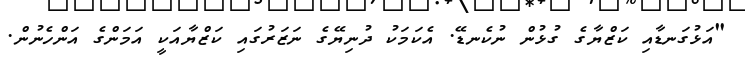
"އަޅުގަނޑާއި ކަޒްޔާގެ ގުޅުން ނުކެނޑޭ. އެކަމަކު ދުނިޔޭގެ ނަޒަރުގައި ކަޒްޔާއަކީ އަމަންގެ އަންހެނުން.